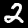
Label: 2